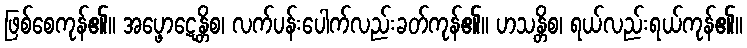
ဖြစ်စေကုန်၏။ အပ္ဖောဋေန္တိစ၊ လက်ပန်းပေါက်လည်းခတ်ကုန်၏။ ဟသန္တိစ၊ ရယ်လည်းရယ်ကုန်၏။